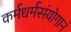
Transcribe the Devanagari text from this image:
कर्मधर्मसंयोगानं